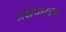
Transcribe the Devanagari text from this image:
प्रक्षेपास्त्रच